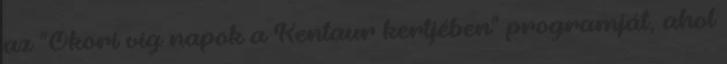
az "Ókori víg napok a Kentaur kertjében" programját, ahol